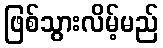
ဖြစ်သွားလိမ့်မည်